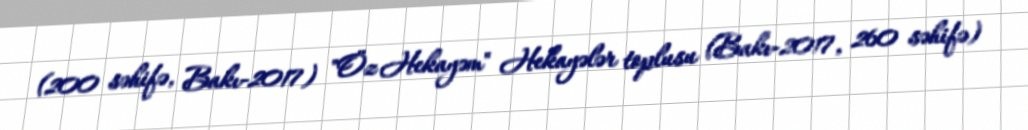
(200 səhifə, Bakı-2017) "Öz Hekayəm" Hekayələr toplusu (Bakı-2017, 260 səhifə)